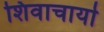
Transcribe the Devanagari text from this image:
शिवाचार्या